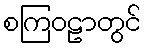
စကြဝဠာတွင်